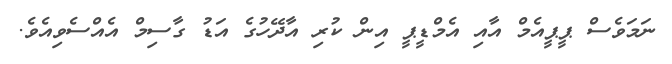
ނަމަވެސް ޕީޕީއެމް އާއި އެމްޑީޕީ އިން ކުރި އާދޭހުގެ އަޑު ގާސިމް އެއްސެވިއެވެ.